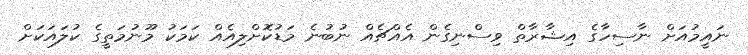
ނައީމުއަށް ނާސިހާގެ އިޝާރާތް ވިސްނިގެން އެއްޗެއް ނުބުނެ މަޑުކޮށްލިއެއް ކަމަކު މޫނުމަތީގެ ކުލައަކަށް